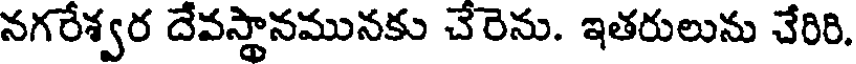
నగరేశ్వర దేవస్థానమునకు చేరెను. ఇతరులును చేరిరి.